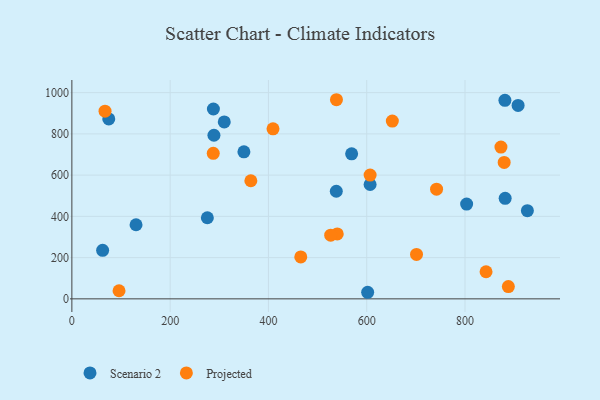
{"axis": {"x": "Study Hours", "y": "Demand"}, "legend": ["Projected", "Scenario 2"], "data": [{"x": "538.1", "y": 521.8, "type": "Scenario 2"}, {"x": "288.0", "y": 920.7, "type": "Scenario 2"}, {"x": "130.6", "y": 359.3, "type": "Scenario 2"}, {"x": "606.9", "y": 554.6, "type": "Scenario 2"}, {"x": "881.7", "y": 487.4, "type": "Scenario 2"}, {"x": "926.9", "y": 427.6, "type": "Scenario 2"}, {"x": "569.3", "y": 703.2, "type": "Scenario 2"}, {"x": "289.1", "y": 793.3, "type": "Scenario 2"}, {"x": "75.1", "y": 872.7, "type": "Scenario 2"}, {"x": "881.2", "y": 962.7, "type": "Scenario 2"}, {"x": "601.9", "y": 31.9, "type": "Scenario 2"}, {"x": "908.0", "y": 938.2, "type": "Scenario 2"}, {"x": "275.7", "y": 393.3, "type": "Scenario 2"}, {"x": "803.3", "y": 459.5, "type": "Scenario 2"}, {"x": "62.6", "y": 235.5, "type": "Scenario 2"}, {"x": "310.1", "y": 857.8, "type": "Scenario 2"}, {"x": "350.1", "y": 713.2, "type": "Scenario 2"}, {"x": "465.8", "y": 203.2, "type": "Projected"}, {"x": "873.1", "y": 735.8, "type": "Projected"}, {"x": "67.5", "y": 910.0, "type": "Projected"}, {"x": "538.4", "y": 965.6, "type": "Projected"}, {"x": "842.8", "y": 131.4, "type": "Projected"}, {"x": "364.2", "y": 572.7, "type": "Projected"}, {"x": "701.3", "y": 215.2, "type": "Projected"}, {"x": "96.0", "y": 39.3, "type": "Projected"}, {"x": "652.1", "y": 861.9, "type": "Projected"}, {"x": "888.2", "y": 59.6, "type": "Projected"}, {"x": "540.0", "y": 314.9, "type": "Projected"}, {"x": "526.7", "y": 309.0, "type": "Projected"}, {"x": "879.7", "y": 661.5, "type": "Projected"}, {"x": "287.7", "y": 705.6, "type": "Projected"}, {"x": "606.9", "y": 600.3, "type": "Projected"}, {"x": "409.3", "y": 824.5, "type": "Projected"}, {"x": "742.1", "y": 531.9, "type": "Projected"}]}